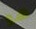
هو